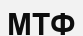
МТФ